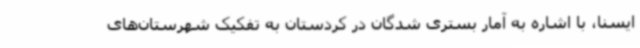
ایسنا، با اشاره به آمار بستری شدگان در کردستان به تفکیک شهرستان‌های